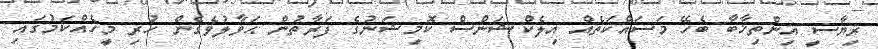
ރިޔާސީ އިންތިޚާބާ ބެހޭ މަސައްކަތެއް އިލެކްޝަންސް ކޮމިޝަނުގެ ފަރާތުން ޙަވާލުވެގެން ހުރި މީހެއްކަމުގައި